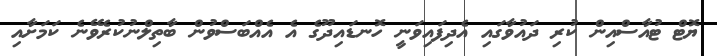
ޔޮޓް ޓުއާސްއިން ކުރި ދައުވާގައި އެދިފައިވަނީ ހޮނޑައިދޫގެ އެ އެއްބަސްވުން ބާތިލްނުކުރެވޭނެ ކަމަށާއި